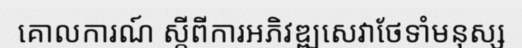
គោលការណ៍ ស្តីពីការអភិវឌ្ឍសេវាថែទាំមនុស្ស